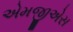
એમજીએસ